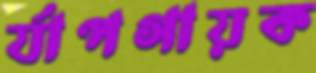
র্যাপগায়ক